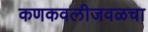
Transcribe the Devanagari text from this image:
कणकवलीजवळचा